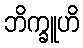
ဘိက္ခူဟိ